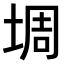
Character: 𫮀